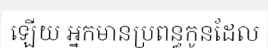
ឡើយ អ្នកមានប្រពន្ធកូនដែល